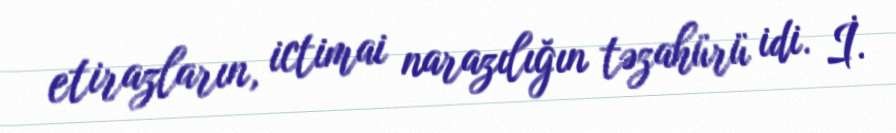
etirazların, ictimai narazılığın təzahürü idi. İ.